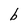
Character: b